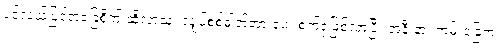
ပင်လယ်ပြင်အခြေစိုက် ဆိုလာသုံး လျှပ်စစ်ဓါတ်အားပေး စက်ရုံဖြစ်လာပြီး အနီးနား ကမ်းခြေက